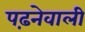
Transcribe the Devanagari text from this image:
पढ़नेवाली